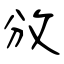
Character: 攽